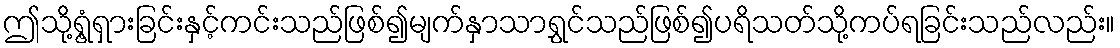
ဤသို့ရွံ့ရှားခြင်းနှင့်ကင်းသည်ဖြစ်၍မျက်နှာသာရွှင်သည်ဖြစ်၍ပရိသတ်သို့ကပ်ရခြင်းသည်လည်း။